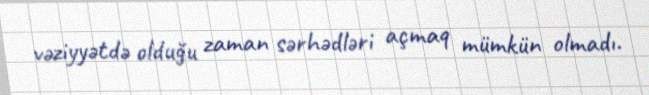
vəziyyətdə olduğu zaman sərhədləri açmaq mümkün olmadı.